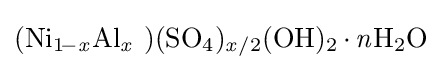
{(\mathrm {Ni} {\vphantom {A}}_{\smash[{t}]{1\!-{\mathit {x}}}}\mathrm {Al} {\vphantom {A}}_{\smash[{t}]{\mathit {x}}}~)(\mathrm {SO} {\vphantom {A}}_{\smash[{t}]{4}}){\vphantom {A}}_{\smash[{t}]{{\mathit {x}}/2}}(\mathrm {OH} ){\vphantom {A}}_{\smash[{t}]{2}}\,{\cdot }\,{\mathit {n}}\mathrm {H} {\vphantom {A}}_{\smash[{t}]{2}}\mathrm {O} }